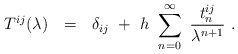
\begin{align*}T^{ij}(\lambda)~~=~~\delta_{ij}~+~h~ \sum _{n=0}^{\infty}~{t_n^{ij} \over\lambda^{n+1}}~.\end{align*}